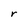
Character: r